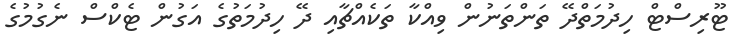
ޓޫރިސްޓް ހިދުމަތްދޭ ތަންތަނުން ވިއްކާ ތަކެއްޗާއި ދޭ ހިދުމަތުގެ އަގުން ޓެކްސް ނެގުމުގެ